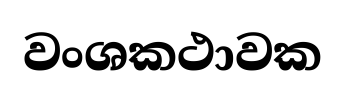
වංශකථාවක